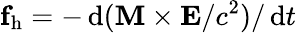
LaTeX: \mathbf f_{\mathrm{h}}=-\, \mathrm{d}(\mathbf M\times\mathbf E/c^{2})/\, \mathrm{d}t